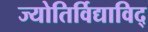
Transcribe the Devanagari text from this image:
ज्योतिर्विद्याविद्